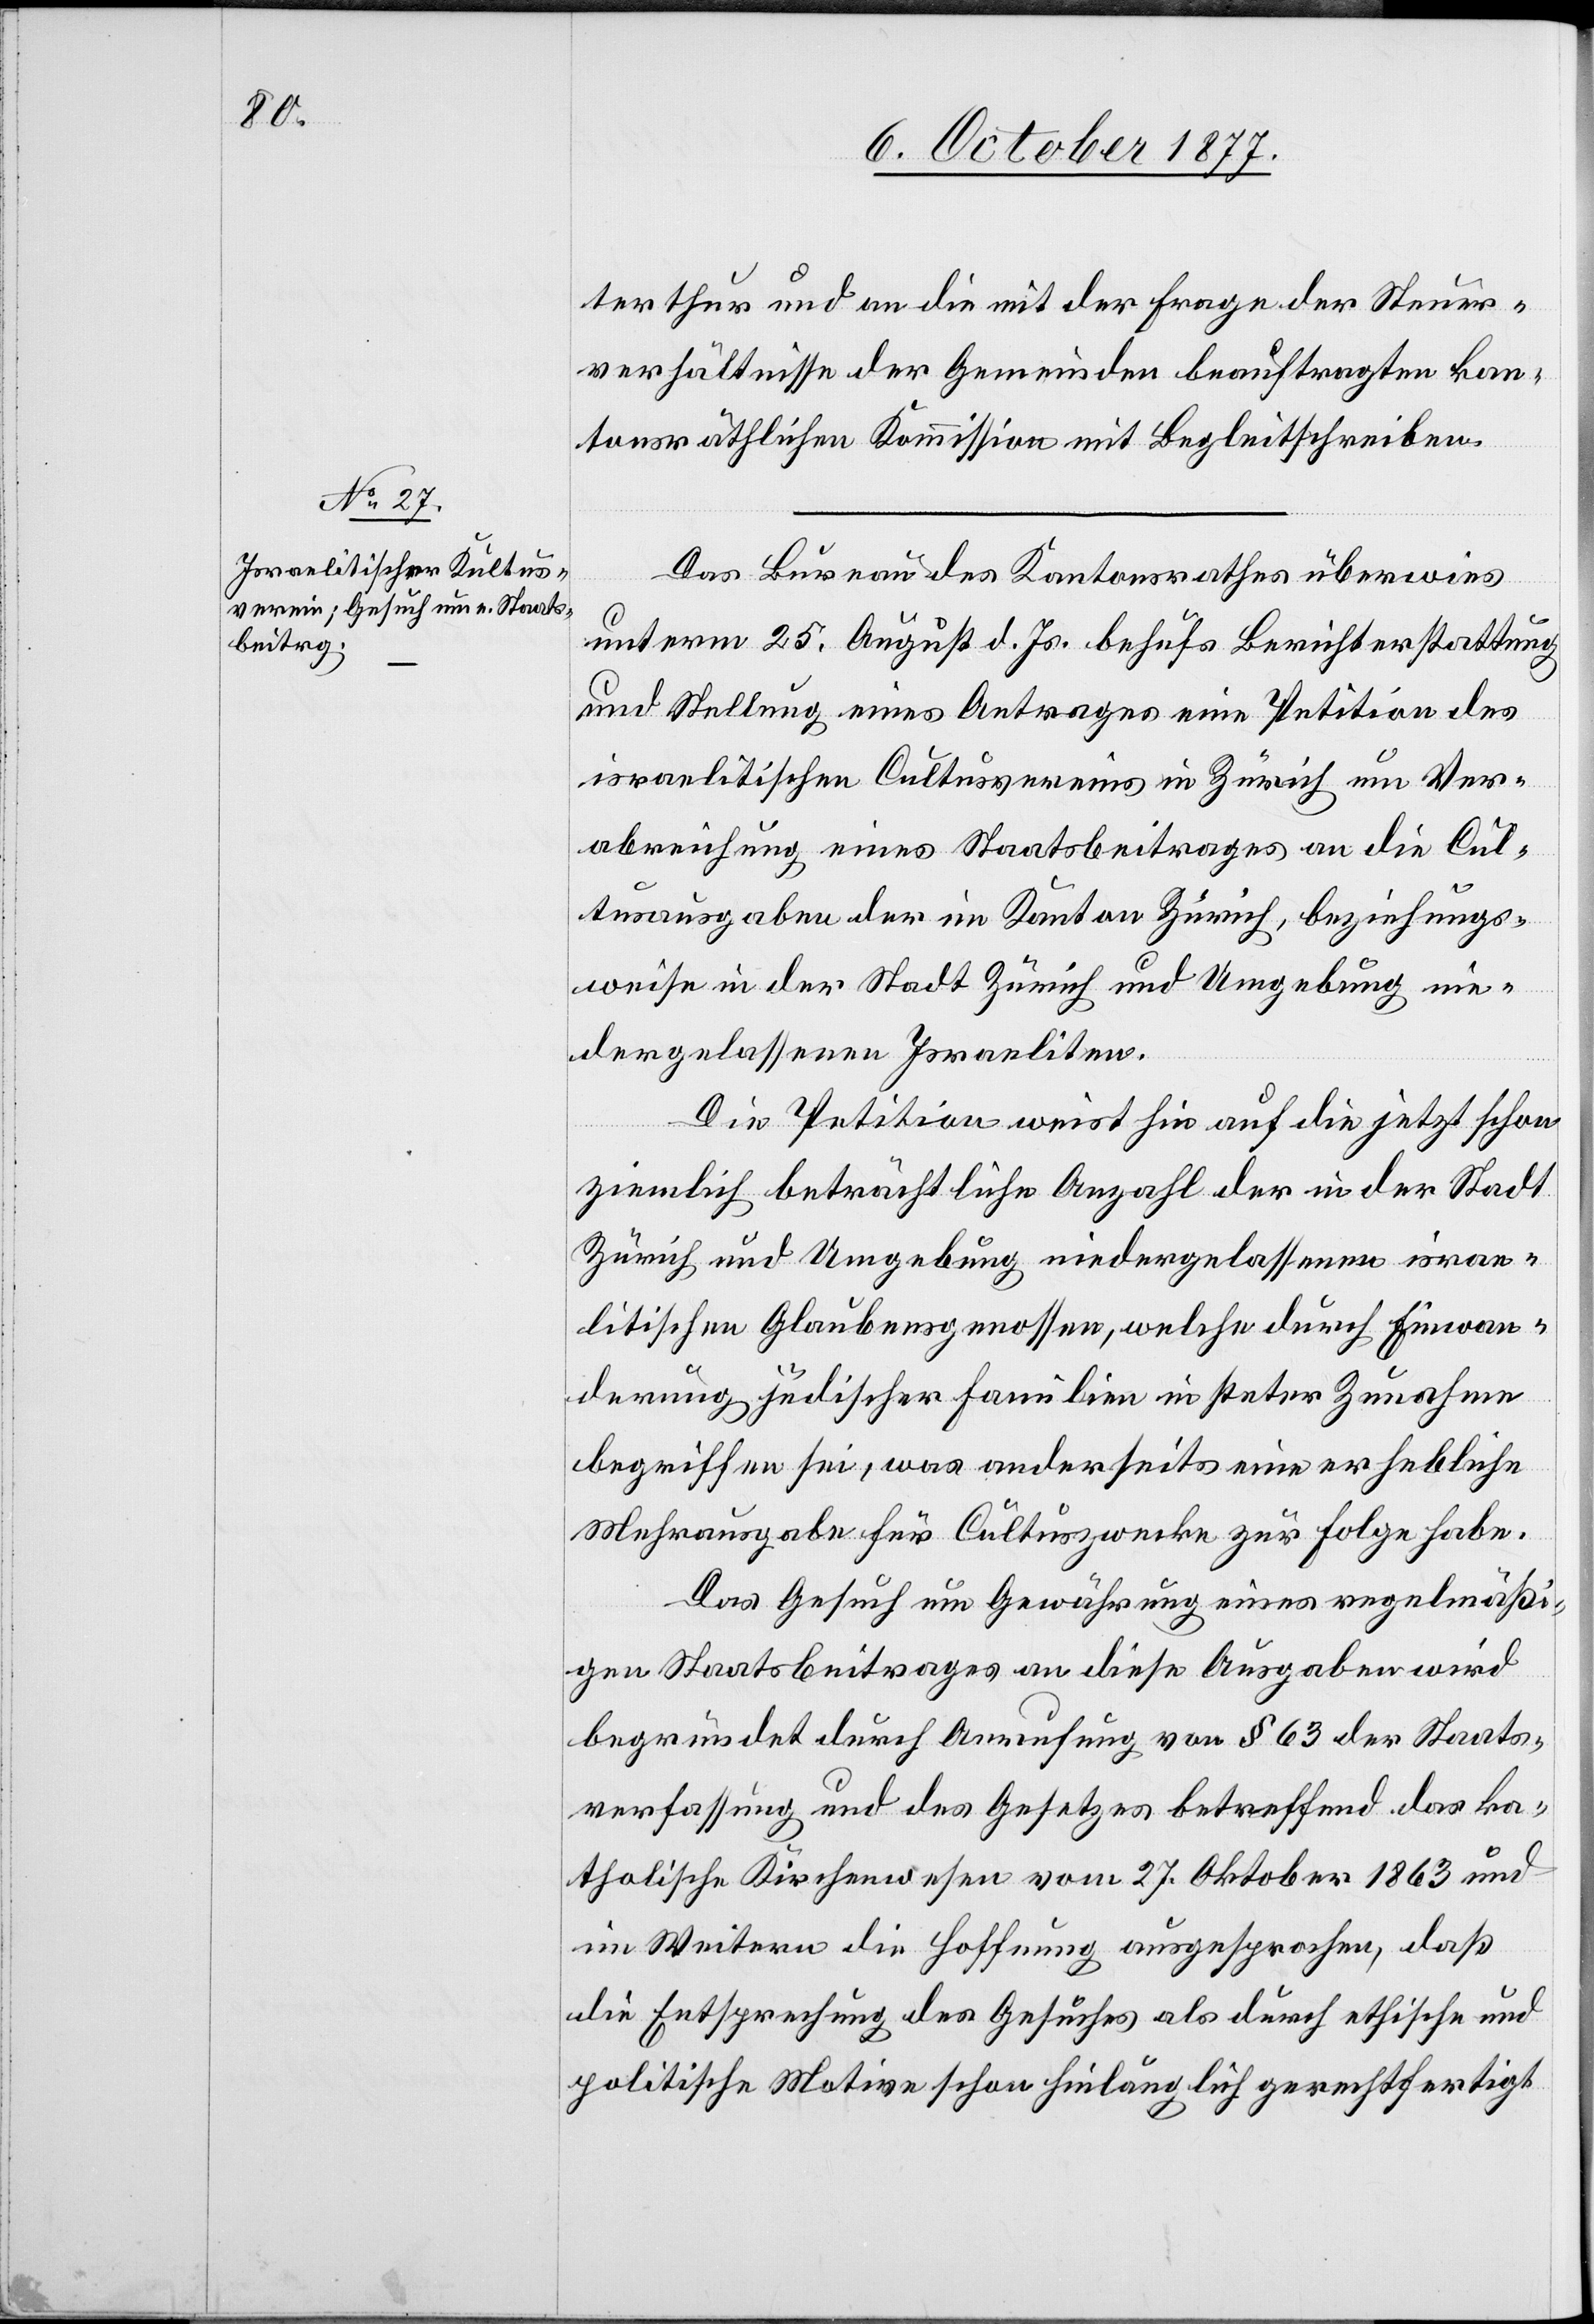
terthur und an die mit der Frage der Steuer¬
verhältnisse der Gemeinden beauftragten kan¬
tonsräthlichen Kommission mit Begleitschreiben.
Das Bureau des Kantonsrathes überwies
unterm 25. August d. Js. behufs Berichterstattung
und Stellung eines Antrages eine Petition des
israelitischen Cultusvereins in Zürich um Ver¬
abreichung eines Staatsbeitrages an die Cul¬
tusausgaben der im Kanton Zürich, beziehungs¬
weise in der Stadt Zürich und Umgebung nie¬
dergelassenen Israeliten.
Die Petition weist hin auf die jetzt schon
ziemlich beträchtliche Anzahl der in der Stadt
Zürich und Umgebung niedergelassenen israe¬
litischen Glaubensgenossen, welche durch Einwan¬
derung jüdischer Familien in steter Zunahme
begriffen sei, was anderseits eine erhebliche
Mehrausgabe für Cultuszwecke zur Folge habe.
Das Gesuch um Gewährung eines regelmäßi¬
gen Staatsbeitrages an diese Ausgaben wird
begründet durch Anrufung von § 63 der Staats¬
verfassung und des Gesetzes betreffend das ka¬
tholische Kirchenwesen vom 27. Oktober 1863 und
im Weitern die Hoffnung ausgesprochen, daß
die Entsprechung des Gesuches als durch ethische und
politische Motive schon hinlänglich gerechtfertigt